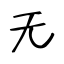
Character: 无